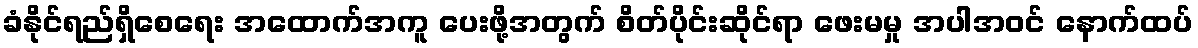
ခံနိုင်ရည်ရှိစေရေး အထောက်အကူ ပေးဖို့အတွက် စိတ်ပိုင်းဆိုင်ရာ ဖေးမမှု အပါအဝင် နောက်ထပ်